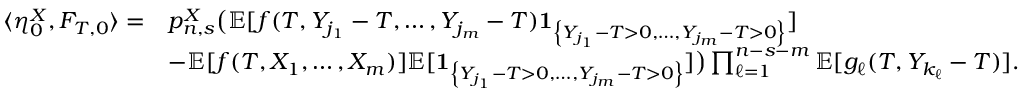
\begin{array} { r l } { \langle \eta _ { 0 } ^ { X } , F _ { T , 0 } \rangle = } & { p _ { n , s } ^ { X } \big ( \mathbb { E } [ f ( T , Y _ { j _ { 1 } } - T , \dots , Y _ { j _ { m } } - T ) \mathbf { 1 } _ { \left\{ Y _ { j _ { 1 } } - T > 0 , \dots , Y _ { j _ { m } } - T > 0 \right\} } ] } \\ & { - \mathbb { E } [ f ( T , X _ { 1 } , \dots , X _ { m } ) ] \mathbb { E } [ \mathbf { 1 } _ { \left\{ Y _ { j _ { 1 } } - T > 0 , \dots , Y _ { j _ { m } } - T > 0 \right\} } ] \big ) \prod _ { \ell = 1 } ^ { n - s - m } \mathbb { E } [ g _ { \ell } ( T , Y _ { k _ { \ell } } - T ) ] . } \end{array}